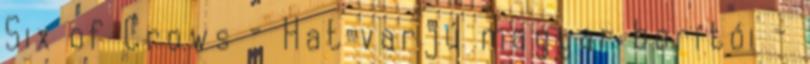
Six of Crows - Hat varjú magyar borítói -